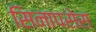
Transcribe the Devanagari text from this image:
सिनापसेस